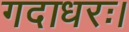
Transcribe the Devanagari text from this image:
गदाधरः।